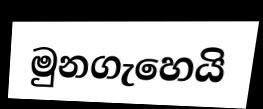
මුනගැහෙයි